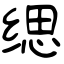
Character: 缌